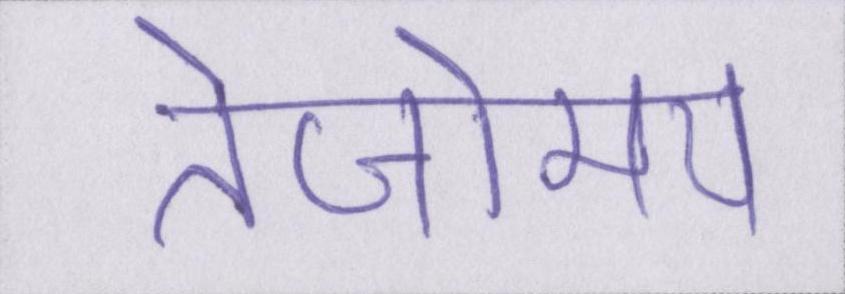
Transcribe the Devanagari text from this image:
तेजोमय